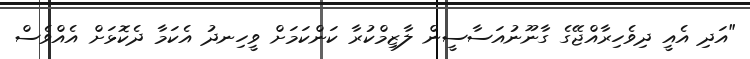
"އަދި އެއީ ދިވެހިރާއްޖޭގެ ގާނޫނުއަސާސީން ލާޒިމްކުރާ ކަންކަމަށް ވީހިނދު އެކަމާ ދެކޮޅަށް އެއްވެސް